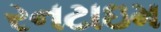
રનટાઇમ